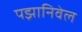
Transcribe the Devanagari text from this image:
पझानिवेल